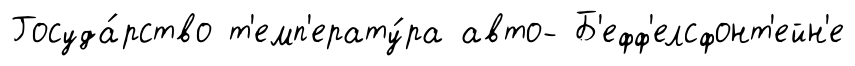
Госуда́рство т'емп'ерату́ра авто- Б'ефф'елсфонт'ейн'е